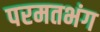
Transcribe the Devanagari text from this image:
परमतभंग